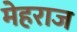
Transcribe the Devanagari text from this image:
मेहराज